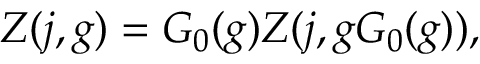
Z ( j , g ) = G _ { 0 } ( g ) { \cal Z } ( j , g G _ { 0 } ( g ) ) ,